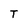
Character: T